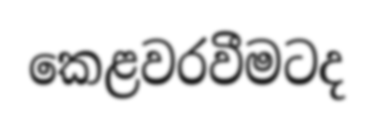
කෙළවරවීමටද